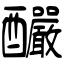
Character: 釅